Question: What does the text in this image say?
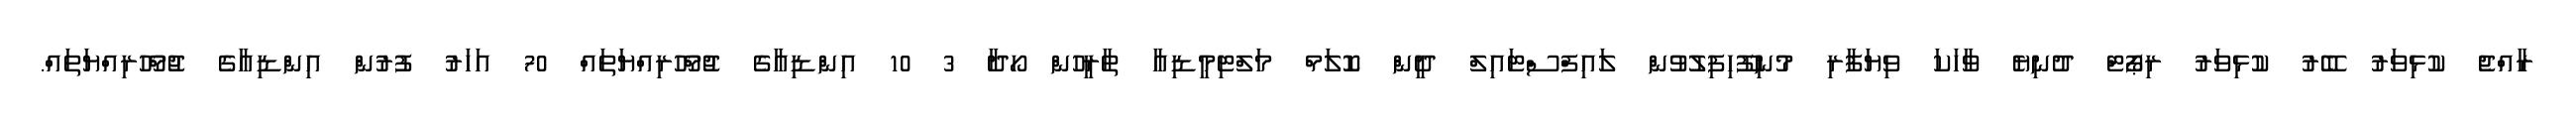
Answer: ރާއްޖެ ކުޅިވަރު ބޭރު ކުޅިވަރު ރިޕޯޓް ދުނިޔެ ވާހަކަ ވިޔަފާރި މުނިފޫހިފިލުވުން ލައިފްސްޓައިލް ދީން ކޮލަމް މަލްޓިމީޑިއާ ތާރީހުން ހޯދާ 3 10 އިންޑިއާގެ ޖުމްހޫރިއްޔަތައް 70 އަހަރު ފުރުން އިންޑިއާގެ ޖުމްހޫރިއްޔަތައް.